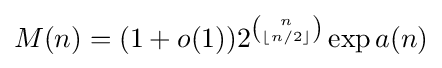
M(n)=(1+o(1))2^{n \choose \lfloor n/2\rfloor }\exp a(n)